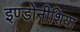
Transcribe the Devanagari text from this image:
इण्डोनीशिया